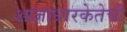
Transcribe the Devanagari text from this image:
आज्ञाधारकेतेची